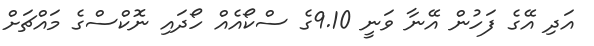
އަދި އޭގެ ފަހުން އޭނާ ވަނީ 9.10ގެ ސްކޯއެއް ހޯދައި ނޮކްސްގެ މައްޗަށް